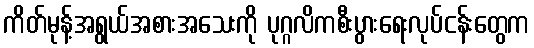
ကိတ်မုန့်အရွယ်အစားအသေးကို ပုဂ္ဂလိကစီးပွားရေးလုပ်ငန်းတွေက